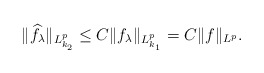
\begin{align*}\|\widehat{f_\lambda}\|_{L^p_{k_2}}\leq C\|f_\lambda\|_{L^p_{k_1}}= C\|f\|_{L^p}.\end{align*}